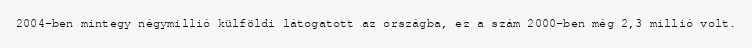
2004-ben mintegy négymillió külföldi látogatott az országba, ez a szám 2000-ben még 2,3 millió volt.